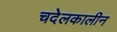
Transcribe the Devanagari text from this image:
चदेलकालीन